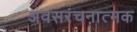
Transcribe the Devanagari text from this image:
अवसरंचनात्मक